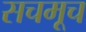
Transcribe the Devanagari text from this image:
सचमूच